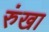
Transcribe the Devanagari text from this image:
रुंखा